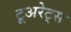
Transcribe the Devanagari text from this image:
टूअरेट्स